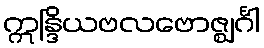
ဣန္ဒြိယဗလဗောဇ္ဈင်္ဂါ